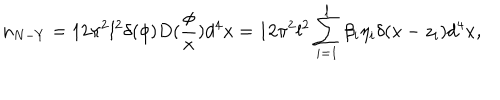
n _ { N - Y } = 1 2 \pi ^ { 2 } l ^ { 2 } \delta ( \phi ) D ( \frac \phi x ) d ^ { 4 } x = 1 2 \pi ^ { 2 } l ^ { 2 } \sum _ { i = 1 } ^ { l } \beta _ { i } \eta _ { i } \delta ( x - z _ { i } ) d ^ { 4 } x ,